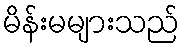
မိန်းမများသည်